Civil Veterinary Dept. Bombay admin report 1893-99 - 1893-1899
Year: 1893
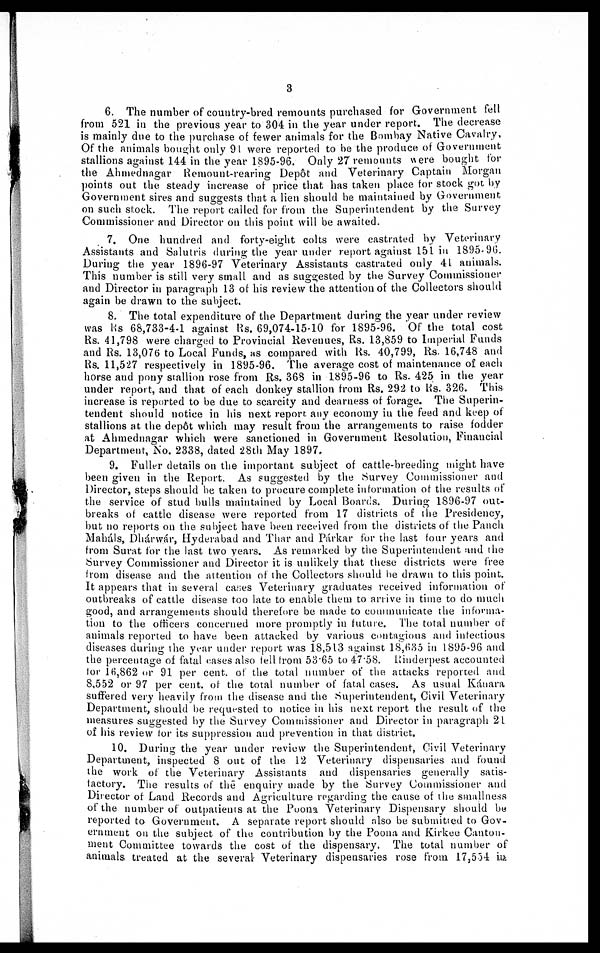
3
6. The number of country-bred remounts purchased for Government fell
from 521 in the previous year to 304 in the year under report. The decrease
is mainly due to the purchase of fewer animals for the Bombay Native Cavalry,
Of the animals bought only 91 were reported to be the produce of Government
stallions against 144 in the year 1895-96. Only 27 remounts were bought for
the Ahmednagar Remount-rearing Depôt and Veterinary Captain Morgan
points out the steady increase of price that has taken place for stock got by
Government sires and suggests that a lien should be maintained by Government
on such stock. The report called for from the Superintendent by the Survey
Commissioner and Director on this point will be awaited.
7. One hundred and forty-eight colts were castrated by Veterinary
Assistants and Salutris during the year under report against 151 in 1895-96.
During the year 1896-97 Veterinary Assistants castrated only 41 animals.
This number is still very small and as suggested by the Survey Commissioner
and Director in paragraph 13 of his review the attention of the Collectors should
again be drawn to the subject.
8. The total expenditure of the Department during the year under review
was Rs 68,733-4-1 against Rs. 69,074-15-10 for 1895-96. Of the total cost
Rs. 41,798 were charged to Provincial Revenues, Rs. 13,859 to Imperial Funds
and Rs. 13,076 to Local Funds, as compared with Rs. 40,799, Rs. 16,748 and
Rs. 11,527 respectively in 1895-96. The average cost of maintenance of each
horse and pony stallion rose from Rs. 368 in 1895-96 to Rs. 425 in the year
under report, and that of each donkey stallion from Rs. 292 to Rs. 326. This
increase is reported to be due to scarcity and dearness of forage. The Superin-
tendent should notice in his next report any economy in the feed and keep of
stallions at the depôt which may result from the arrangements to raise fodder
at Ahmednagar which were sanctioned in Government Resolution, Financial
Department, No. 2338, dated 28th May 1897.
9. Fuller details on the important subject of cattle-breeding might have
been given in the Report. As suggested by the Survey Commissioner and
Director, steps should be taken to procure complete information of the results of
the service of stud bulls maintained by Local Boards. During 1896-97 out-
breaks of cattle disease were reported from 17 districts of the Presidency,
but no reports on the subject have been received from the districts of the Panch
Maháls, Dhárwár, Hyderabad and Thar and Párkar for the last four years and
from Surat for the last two years. As remarked by the Superintendent and the
Survey Commissioner and Director it is unlikely that these districts were free
from disease and the attention of the Collectors should be drawn to this point.
It appears that in several cases Veterinary graduates received information of
outbreaks of cattle disease too late to enable them to arrive in time to do much
good, and arrangements should therefore be made to communicate the informa-
tion to the officers concerned more promptly in future. The total number of
animals reported to have been attacked by various contagious and infectious
diseases during the year under report was 18,513 against 18,635 in 1895-96 and
the percentage of fatal cases also fell from 53.65 to 47.58. Rinderpest accounted
for 16,862 or 91 per cent . of the total number of the attacks reported and
8,552 or 97 per cent. of the total number of fatal cases. As usual Káuara
suffered very heavily from the disease and the Superintendent, Civil Veterinary
Department, should be requested to notice in his next report the result of the
measures suggested by the Survey Commissioner and Director in paragraph 21
of his review for its suppression and prevention in that district.
10. During the year under review the Superintendent, Civil Veterinary
Department, inspected 8 out of the 12 Veterinary dispensaries and found
the work of the Veterinary Assistants and dispensaries generally satis-
tactory. The results of the enquiry made by the Survey Commissioner and
Director of Land Records and Agriculture regarding the cause of the smallness
of the number of outpatients at the Poona Veterinary Dispensary should be
reported to Government. A separate report should also be submitted to Gov-
ernment on the subject of the contribution by the Poona and Kirkee Canton-
ment Committee towards the cost of the dispensary. The total number of
animals, treated at the several- Veterinary dispensaries rose from 17,554 in